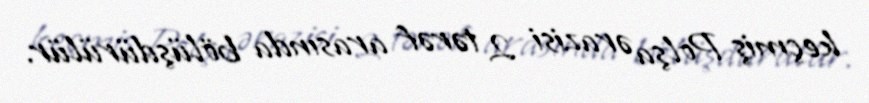
keçmiş Polşa ərazisi 2 tərəf arasında bölüşdürülür.